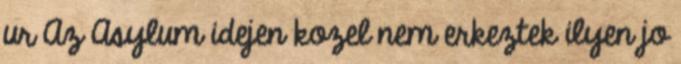
ur Az Asylum idejen kozel nem erkeztek ilyen jo